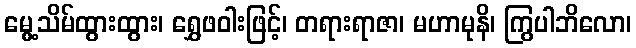
မွေ့သိမ်ထွားထွား၊ ရွှေဖဝါးဖြင့်၊ တရားရာဇာ၊ မဟာမုနိ၊ ကြွပါဘိလော၊